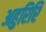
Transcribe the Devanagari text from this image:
अहुरिरि